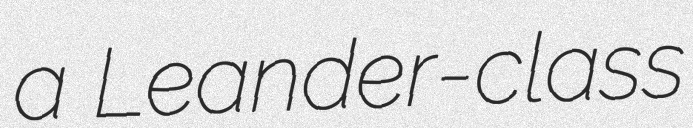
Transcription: a Leander-class